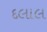
દલાલ